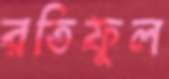
রতিফুল